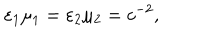
\varepsilon _ { 1 } \mu _ { 1 } = \varepsilon _ { 2 } \mu _ { 2 } = c ^ { - 2 } ,